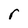
Character: r